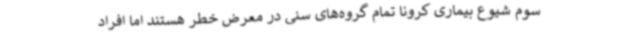
سوم شیوع بیماری کرونا تمام گروه‌های سنی در معرض خطر هستند اما افراد